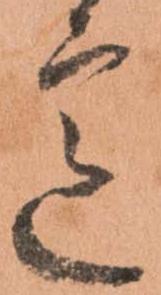
意